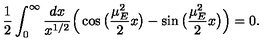
\frac { 1 } { 2 } \int _ { 0 } ^ { \infty } \frac { d x } { x ^ { 1 / 2 } } \Big ( \cos \big ( \frac { \mu _ { E } ^ { 2 } } { 2 } x \big ) - \sin \big ( \frac { \mu _ { E } ^ { 2 } } { 2 } x \big ) \Big ) = 0 .